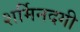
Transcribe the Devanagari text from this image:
शर्मिनदगी